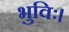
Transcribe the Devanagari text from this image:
भुविः।